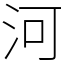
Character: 河